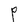
Character: P